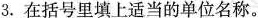
3. 在括号里填上适当的单位名称。